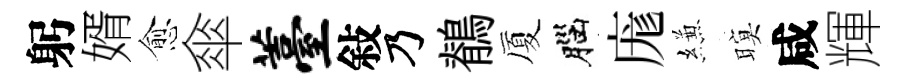
躬婿愈傘薹敍乃鶺厦腦庬縑暝咸輝